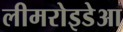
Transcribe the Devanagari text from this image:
लीमरोइडेआ